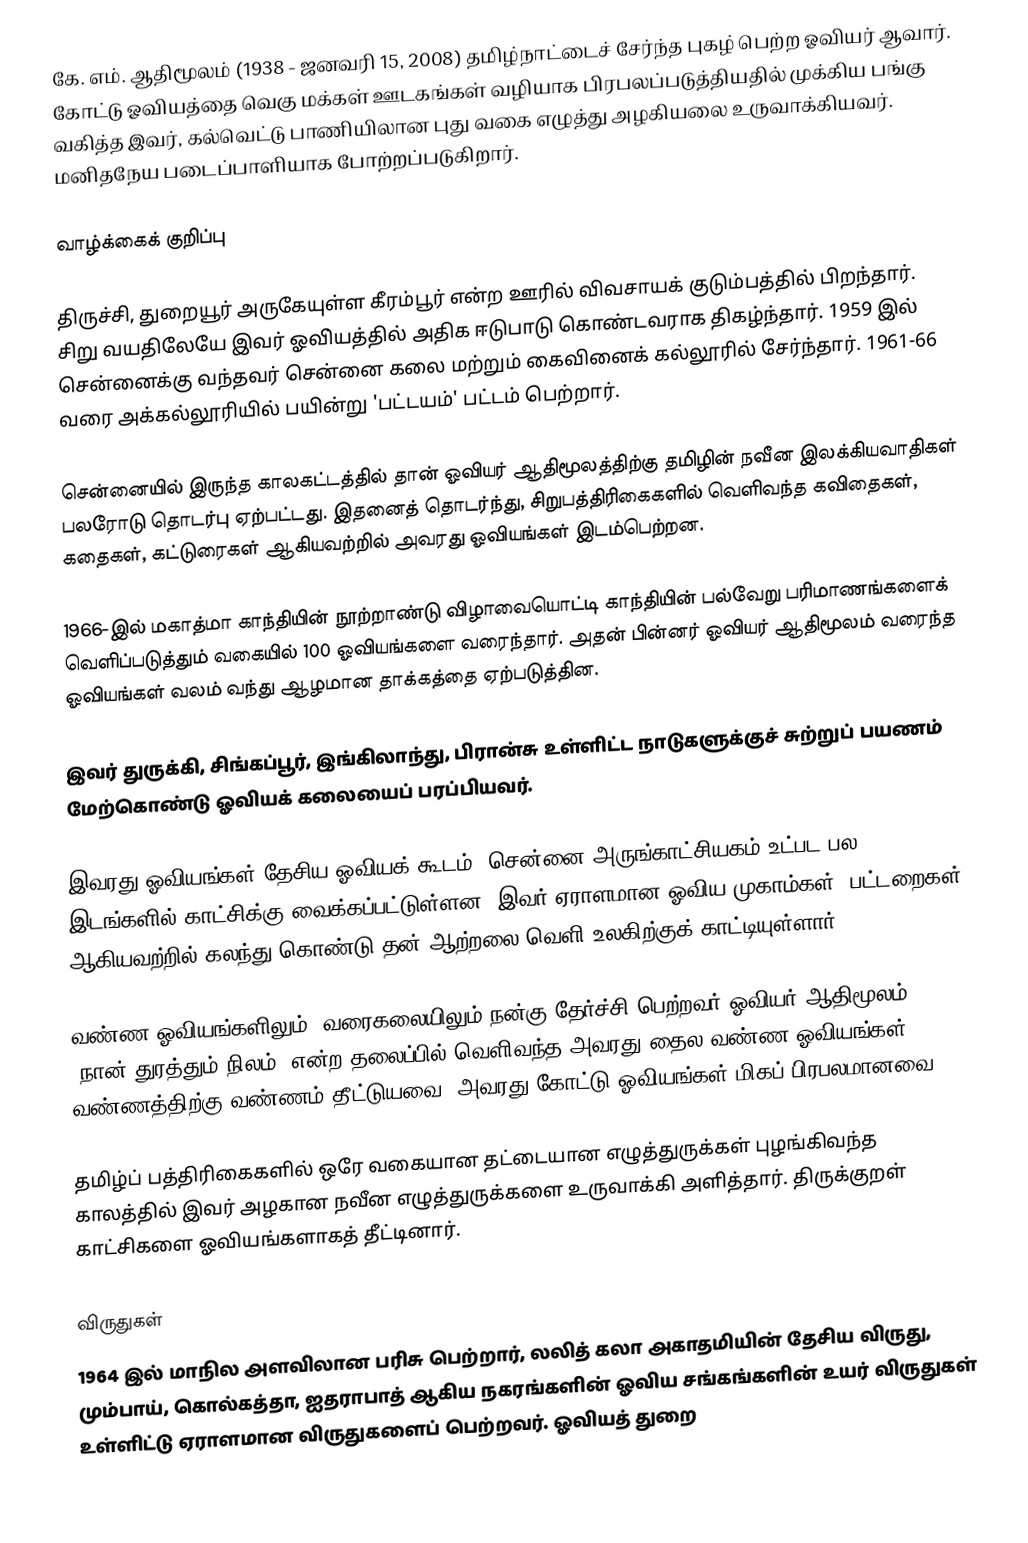
கே. எம். ஆதிமூலம் (1938 - ஜனவரி 15, 2008) தமிழ்நாட்டைச் சேர்ந்த புகழ் பெற்ற ஓவியர் ஆவார். கோட்டு ஓவியத்தை வெகு மக்கள் ஊடகங்கள் வழியாக பிரபலப்படுத்தியதில் முக்கிய பங்கு வகித்த இவர், கல்வெட்டு பாணியிலான புது வகை எழுத்து அழகியலை உருவாக்கியவர். மனிதநேய படைப்பாளியாக போற்றப்படுகிறார்.

வாழ்க்கைக் குறிப்பு

திருச்சி, துறையூர் அருகேயுள்ள கீரம்பூர் என்ற ஊரில் விவசாயக் குடும்பத்தில் பிறந்தார். சிறு வயதிலேயே இவர் ஓவி்யத்தில் அதிக ஈடுபாடு கொண்டவராக திகழ்ந்தார். 1959 இல் சென்னைக்கு வந்தவர் சென்னை கலை மற்றும் கைவினைக் கல்லூரில் சேர்ந்தார். 1961-66 வரை அக்கல்லூரியில் பயின்று 'பட்டயம்' பட்டம் பெற்றார்.

சென்னையில் இருந்த காலகட்டத்தில் தான் ஓவியர் ஆதிமூலத்திற்கு தமிழின் நவீன இலக்கியவாதிகள் பலரோடு தொடர்பு ஏற்பட்டது. இதனைத் தொடர்ந்து, சிறுபத்திரிகைகளில் வெளிவந்த கவிதைகள், கதைகள், கட்டுரைகள் ஆகியவற்றில் அவரது ஓவியங்கள் இடம்பெற்றன.

1966-இல் மகாத்மா காந்தியின் நூற்றாண்டு விழாவையொட்டி காந்தியின் பல்வேறு பரிமாணங்களைக் வெளிப்படுத்தும் வகையில் 100 ஓவியங்களை வரைந்தார். அதன் பின்னர் ஓவியர் ஆதிமூலம் வரைந்த ஓவியங்கள் வலம் வந்து ஆழமான தாக்கத்தை ஏற்படுத்தின.

இவர் துருக்கி, சிங்கப்பூர், இங்கிலாந்து, பிரான்சு உள்ளிட்ட நாடுகளுக்குச் சுற்றுப் பயணம் மேற்கொண்டு ஓவியக் கலையைப் பரப்பியவர்.

இவரது ஓவியங்கள் தேசிய ஓவியக் கூடம், சென்னை அருங்காட்சியகம் உட்பட பல இடங்களில் காட்சிக்கு வைக்கப்பட்டுள்ளன. இவர் ஏராளமான ஓவிய முகாம்கள், பட்டறைகள் ஆகியவற்றில் கலந்து கொண்டு தன் ஆற்றலை வெளி உலகிற்குக் காட்டியுள்ளார்.

வண்ண ஓவியங்களிலும், வரைகலையிலும் நன்கு தேர்ச்சி பெற்றவர் ஓவியர் ஆதிமூலம். 'நான் துரத்தும் நிலம்' என்ற தலைப்பில் வெளிவந்த அவரது தைல வண்ண ஓவியங்கள் வண்ணத்திற்கு வண்ணம் தீட்டுயவை. அவரது கோட்டு ஓவியங்கள் மிகப் பிரபலமானவை.

தமிழ்ப் பத்திரிகைகளில் ஒரே வகையான தட்டையான எழுத்துருக்கள் புழங்கிவந்த காலத்தில் இவர் அழகான நவீன எழுத்துருக்களை உருவாக்கி அளித்தார். திருக்குறள் காட்சிகளை ஓவியங்களாகத் தீட்டினார்.

விருதுகள்
1964 இல் மாநில அளவிலான பரிசு பெற்றார், லலித் கலா அகாதமியின் தேசிய விருது, மும்பாய், கொல்கத்தா, ஐதராபாத் ஆகிய நகரங்களின் ஓவிய சங்கங்களின் உயர் விருதுகள் உள்ளிட்டு ஏராளமான விருதுகளைப் பெற்றவர். ஓவியத் துறை